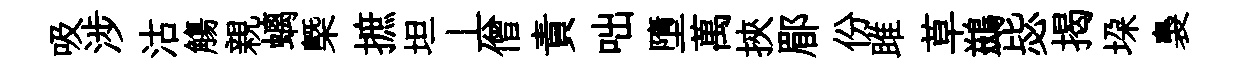
吸涉沽觴親螭㮣摭坦丄僧責咄墮萬挾郿份雎草鷀毖揭垜裊